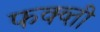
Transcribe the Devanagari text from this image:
फक्व्ती